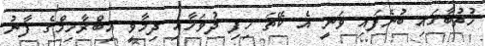
ޚުތުބާގައި ބުނެފައި ވަނީ އެ ކޭތަ ހިފި ދުވަހާއި ދިމާވީ އިބްރާހިމްގެ ފާނު